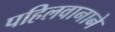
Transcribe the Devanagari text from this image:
पहिलवानाने